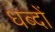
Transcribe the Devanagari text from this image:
धब्दों